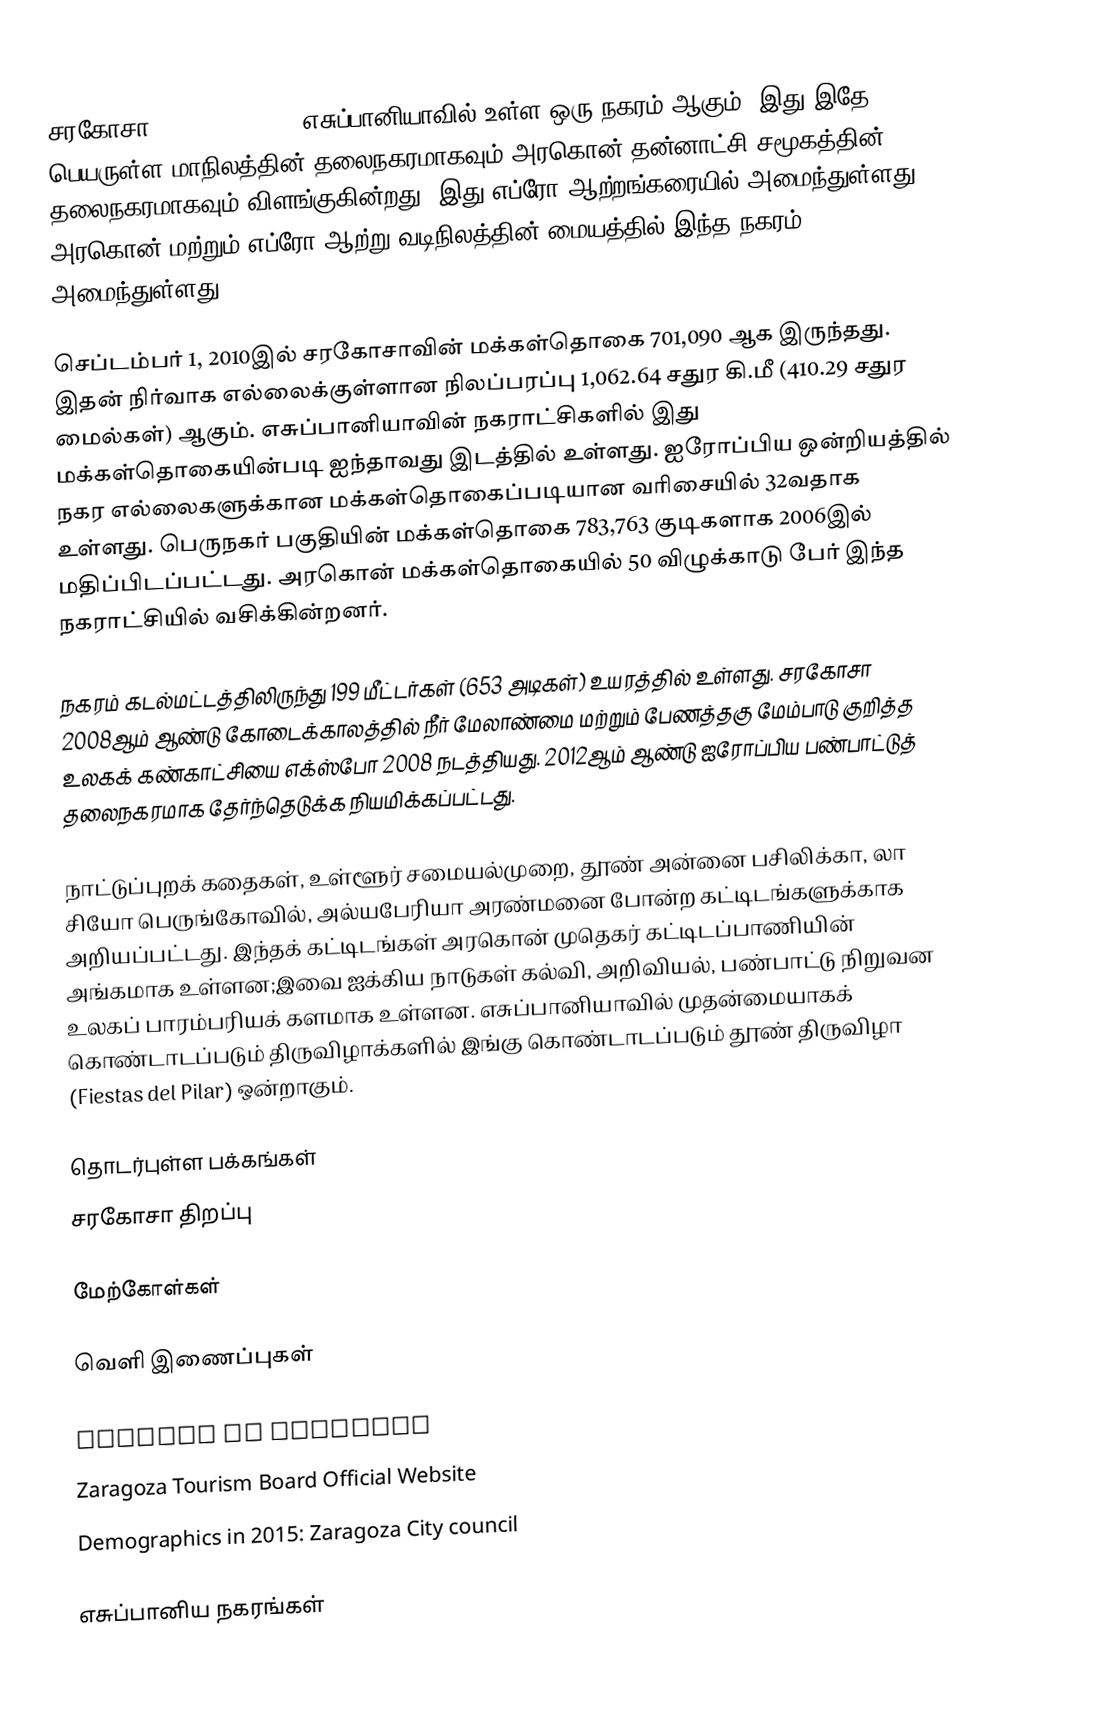
சரகோசா (Zaragoza , ; )  எசுப்பானியாவில் உள்ள ஒரு நகரம் ஆகும்.   இது இதே பெயருள்ள மாநிலத்தின் தலைநகரமாகவும் அரகொன் தன்னாட்சி சமூகத்தின் தலைநகரமாகவும் விளங்குகின்றது. இது எப்ரோ ஆற்றங்கரையில் அமைந்துள்ளது. அரகொன் மற்றும் எப்ரோ ஆற்று வடிநிலத்தின் மையத்தில் இந்த நகரம் அமைந்துள்ளது.

செப்டம்பர் 1, 2010இல் சரகோசாவின் மக்கள்தொகை 701,090 ஆக இருந்தது. இதன் நிர்வாக எல்லைக்குள்ளான நிலப்பரப்பு 1,062.64 சதுர கி.மீ (410.29 சதுர மைல்கள்) ஆகும். எசுப்பானியாவின் நகராட்சிகளில் இது மக்கள்தொகையின்படி ஐந்தாவது இடத்தில் உள்ளது.   ஐரோப்பிய ஒன்றியத்தில் நகர எல்லைகளுக்கான மக்கள்தொகைப்படியான வரிசையில் 32வதாக உள்ளது.  பெருநகர் பகுதியின் மக்கள்தொகை 783,763 குடிகளாக 2006இல் மதிப்பிடப்பட்டது.  அரகொன் மக்கள்தொகையில் 50 விழுக்காடு பேர்  இந்த நகராட்சியில் வசிக்கின்றனர்.

நகரம் கடல்மட்டத்திலிருந்து  199 மீட்டர்கள் (653 அடிகள்) உயரத்தில் உள்ளது. சரகோசா 2008ஆம் ஆண்டு கோடைக்காலத்தில் நீர் மேலாண்மை மற்றும் பேணத்தகு மேம்பாடு குறித்த உலகக் கண்காட்சியை எக்ஸ்போ 2008 நடத்தியது. 2012ஆம் ஆண்டு ஐரோப்பிய பண்பாட்டுத் தலைநகரமாக தேர்ந்தெடுக்க நியமிக்கப்பட்டது.

நாட்டுப்புறக் கதைகள், உள்ளூர் சமையல்முறை,  தூண் அன்னை பசிலிக்கா, லா சியோ பெருங்கோவில், அல்யபேரியா அரண்மனை போன்ற கட்டிடங்களுக்காக அறியப்பட்டது.  இந்தக் கட்டிடங்கள் அரகொன் முதெகர் கட்டிடப்பாணியின் அங்கமாக உள்ளன;இவை ஐக்கிய நாடுகள் கல்வி, அறிவியல், பண்பாட்டு நிறுவன உலகப் பாரம்பரியக் களமாக உள்ளன. எசுப்பானியாவில் முதன்மையாகக் கொண்டாடப்படும் திருவிழாக்களில் இங்கு கொண்டாடப்படும் தூண் திருவிழா (Fiestas del Pilar) ஒன்றாகும்.

தொடர்புள்ள பக்கங்கள்
 சரகோசா திறப்பு

மேற்கோள்கள்

வெளி இணைப்புகள்

 Council of Zaragoza
 Zaragoza Tourism Board Official Website
 Demographics in 2015: Zaragoza City council

எசுப்பானிய நகரங்கள்